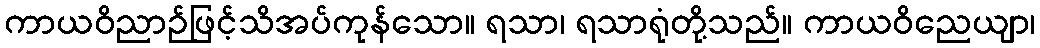
ကာယဝိညာဉ်ဖြင့်သိအပ်ကုန်သော။ ရသာ၊ ရသာရုံတို့သည်။ ကာယဝိညေယျာ၊